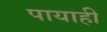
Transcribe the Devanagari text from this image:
पायाही